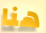
هنا